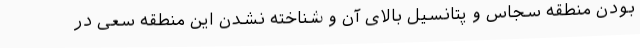
بودن منطقه سجاس و پتانسیل بالای آن و شناخته ‌نشدن این منطقه سعی در